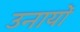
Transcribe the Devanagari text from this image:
उनायों